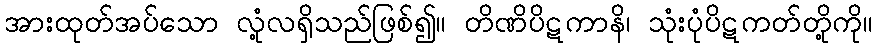
အားထုတ်အပ်သော လုံ့လရှိသည်ဖြစ်၍။ တိဏိပိဋကာနိ၊ သုံးပုံပိဋကတ်တို့ကို။